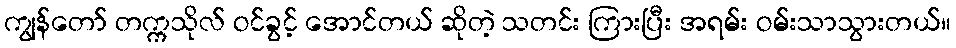
ကျွန်တော် တက္ကသိုလ် ဝင်ခွင့် အောင်တယ် ဆိုတဲ့ သတင်း ကြားပြီး အရမ်း ဝမ်းသာသွားတယ်။